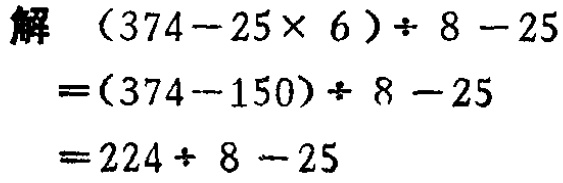
解 \((374 - 25\times 6)\div 8 - 25\)
\(=(374 - 150)\div 8 - 25\)
\(=224\div 8 - 25\)